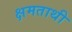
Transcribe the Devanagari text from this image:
क्षमताथी